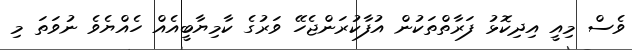
ވެސް މިއީ އިދިކޮޅު ފަރާތްތަކުން އުފާކުރަންޖެހޭ ވަރުގެ ކާމިޔާބީއެއް ހެއްޔެވެ ނުވަތަ މި